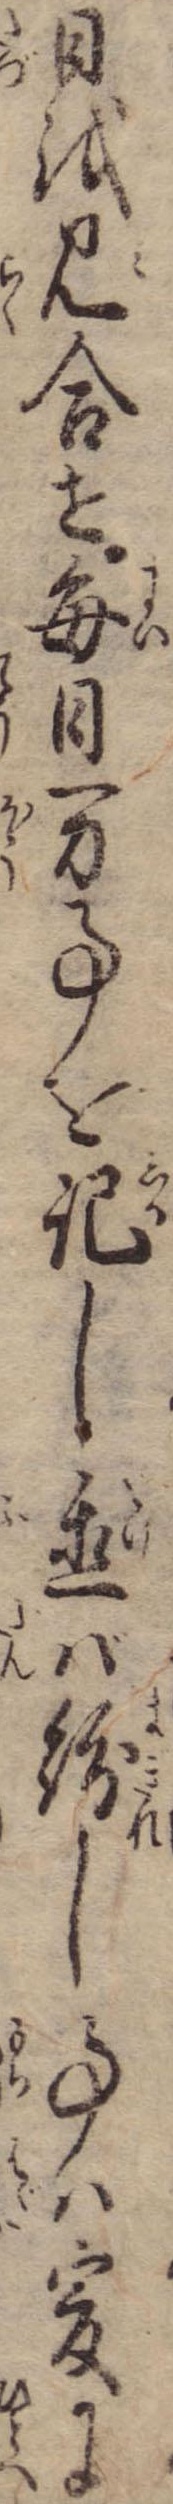
日を見合せ毎日万事を記し置ば紛し事は爰に